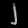
Digit: ၂